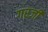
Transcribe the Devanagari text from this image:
गरजीं